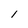
Character: 1